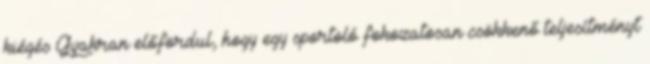
kiégés Gyakran előfordul, hogy egy sportoló fokozatosan csökkenő teljesítményt